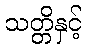
သတ္တိနှင့်